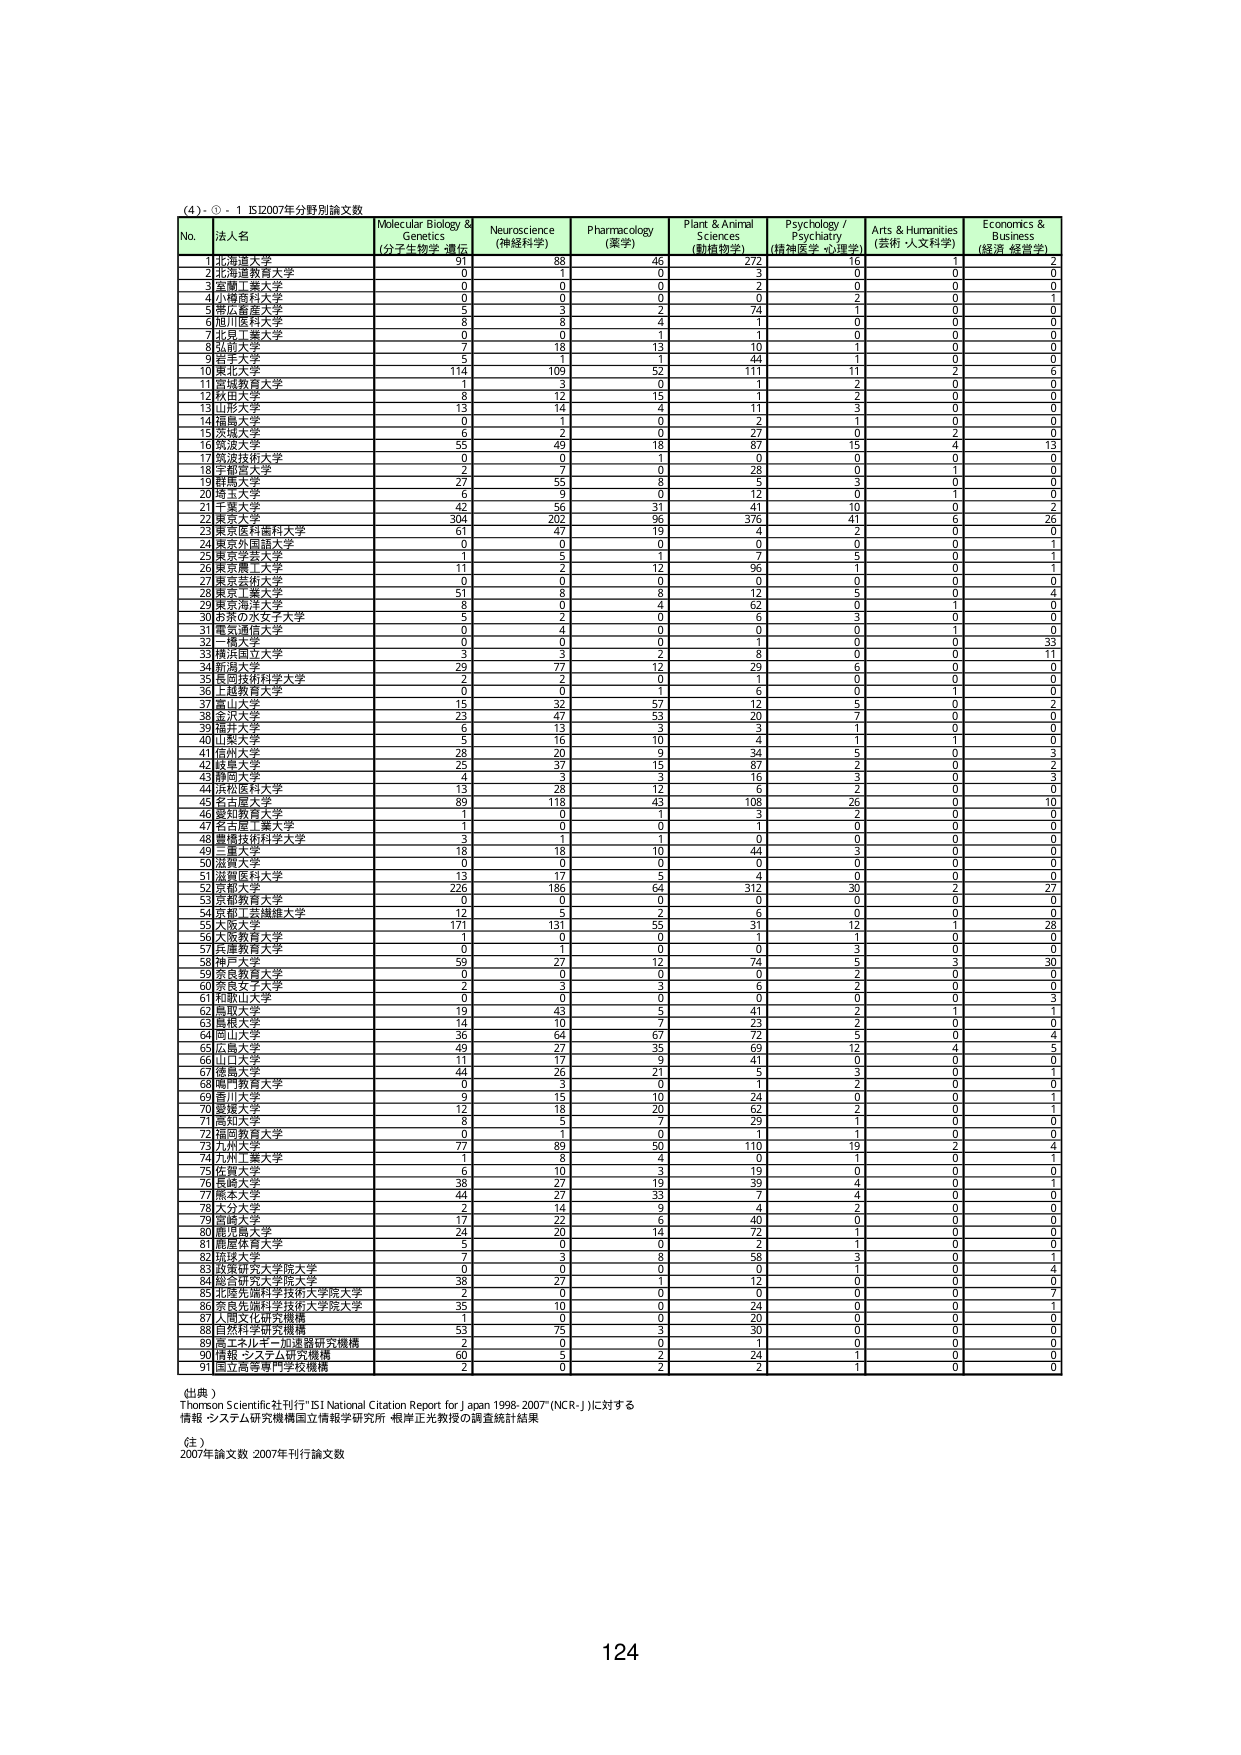
(4) - ① - 1 152007年分野別論文数

No. 法人名 Molecular Biology & Genetics (分子生物学・遺伝) Neuroscience (神経科学) Pharmacology (薬学) Plant & Animal Sciences (動植物学) Psychology / Psychiatry (精神医学・心理学) Arts & Humanities (芸術・人文科学) Economics & Business (経済・経営学)

1 北海道大学 91 88 46 272 16 1 2
2 北海道教育大学 0 1 0 3 0 0 0
3 京都大学 0 0 0 2 0 0 0
4 小樽商科大学 0 0 0 0 2 0 1
5 帯広畜産大学 5 3 2 74 1 0 0
6 旭川医科大学 8 8 4 1 0 0 0
7 北見工業大学 0 0 1 1 0 0 0
8 札幌大学 7 18 13 10 1 0 0
9 岩手大学 5 1 1 44 1 0 0
10 東北大学 114 109 52 111 11 2 6
11 宮城教育大学 11 3 0 1 2 0 0
12 秋田大学 8 12 15 1 2 0 0
13 山形大学 13 14 4 11 3 0 0
14 福島大学 0 1 0 2 1 0 0
15 茨城大学 6 2 0 27 0 2 0
16 筑波大学 55 49 18 87 15 11 13
17 筑波技術大学 0 0 1 0 0 0 0
18 宇都宮大学 2 7 0 28 0 1 0
19 群馬大学 27 55 8 5 3 0 0
20 埼玉大学 6 9 0 12 0 11 0
21 千葉大学 42 56 31 41 10 0 2
22 東京大学 304 202 96 376 41 6 26
23 東京医科歯科大学 61 47 19 4 2 0 0
24 東京外国語大学 0 0 0 0 0 0 1
25 東京工業大学 1 5 1 7 5 0 0
26 東京農工大学 11 2 12 96 1 0 1
27 東京芸術大学 0 0 0 0 0 0 0
28 東京工業大学 51 8 8 12 5 0 4
29 東京学芸大学 8 0 4 62 0 1 0
30 お茶の水女子大学 5 2 0 6 3 0 0
31 電気通信大学 0 4 0 0 0 1 0
32 一橋大学 0 0 0 1 0 0 33
33 横浜国立大学 3 3 2 8 0 0 11
34 新潟大学 29 77 12 29 6 0 0
35 長岡技術科学大学 2 2 0 1 0 0 0
36 上越教育大学 0 0 1 6 0 1 0
37 富山大学 15 32 57 12 5 0 2
38 金沢大学 23 47 53 20 7 0 0
39 福井大学 6 13 3 3 1 0 0
40 山梨大学 5 16 10 4 1 1 0
41 信州大学 28 20 9 34 5 0 3
42 静岡大学 25 37 15 87 2 0 0
43 静岡大学 4 3 3 16 3 0 3
44 浜松医科大学 13 28 12 6 2 0 0
45 名古屋大学 89 118 43 108 26 0 10
46 愛知教育大学 1 0 1 3 2 0 0
47 名古屋工業大学 1 0 0 1 0 0 0
48 豊橋技術科学大学 3 1 1 0 0 0 0
49 三重大学 18 18 10 44 3 0 0
50 滋賀大学 0 0 0 0 0 0 0
51 京都情報大学 13 17 5 4 0 0 0
52 京都大学 226 186 64 312 30 2 27
53 京都教育大学 0 0 0 0 0 0 0
54 京都工芸繊維大学 12 5 2 6 0 0 0
55 大阪大学 171 131 55 31 12 1 28
56 大阪教育大学 1 0 0 1 1 0 0
57 兵庫教育大学 0 1 0 0 3 0 0
58 神戸大学 59 27 12 74 5 3 30
59 実業教育大学 0 0 0 0 2 0 0
60 奈良女子大学 2 3 3 6 2 0 0
61 和歌山大学 0 0 0 0 0 0 3
62 鳥取大学 19 43 5 41 2 1 1
63 島根大学 14 10 7 23 2 0 0
64 岡山大学 36 64 67 72 5 0 0
65 広島大学 49 27 35 69 12 4 5
66 山口大学 11 17 9 41 0 0 0
67 徳島大学 44 26 21 5 3 0 1
68 関門教育大学 0 3 0 1 2 0 0
69 香川大学 9 15 10 24 0 0 1
70 愛媛大学 12 18 20 62 2 0 1
71 高知大学 8 5 7 29 1 0 0
72 福岡教育大学 0 1 0 1 0 0 0
73 九州大学 77 89 50 110 19 2 4
74 九州工業大学 1 8 4 0 1 0 1
75 佐賀大学 6 10 3 19 0 0 0
76 長崎大学 38 27 19 39 4 0 1
77 熊本大学 44 27 33 7 4 0 0
78 大分大学 2 14 9 4 2 0 0
79 宮崎大学 17 22 6 40 0 0 0
80 鹿児島大学 24 20 14 72 1 0 0
81 鹿屋体育大学 5 0 0 2 1 0 0
82 琉球大学 7 3 8 58 3 0 1
83 政策研究大学院大学 0 0 0 0 1 0 4
84 総合研究大学院大学 38 27 1 12 0 0 0
85 北海道科学技術大学院大学 2 0 0 0 0 0 7
86 東京応用科学技術大学院大学 35 10 0 24 0 0 1
87 人間文化研究機構 1 0 0 20 0 0 0
88 自然科学研究機構 53 75 3 30 0 0 0
89 高エネルギー加速器研究機構 2 0 0 1 0 0 0
90 情報・システム研究機構 60 5 2 24 1 0 0
91 国立高等専門学校機構 2 0 2 2 1 0 0

(出典)
Thomson Scientific社刊行「ESI National Citation Report for Japan 1996-2007 (NCR-J)」に対する
情報・システム研究機構国立情報学研究所 根岸正光教授の調査統計結果

(注)
2007年論文数 2007年刊行論文数

124